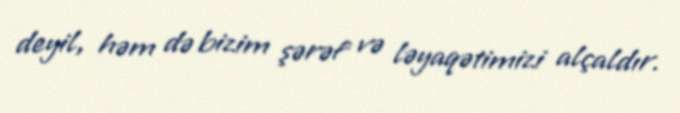
deyil, həm də bizim şərəf və ləyaqətimizi alçaldır.